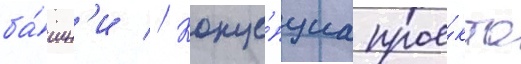
ба́шн'и // Конце́пциа прое́кта